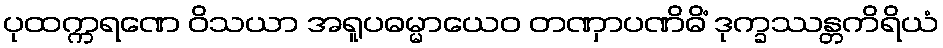
ပုထက္ကရဏေ ဝိသယာ အရူပဓမ္မာယေဝ တဏှာပဏိဓိံ ဒုက္ခဿန္တကိရိယံ